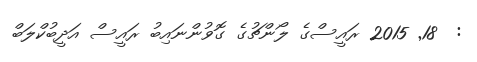
:  18